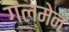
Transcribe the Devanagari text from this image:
गल्मेन